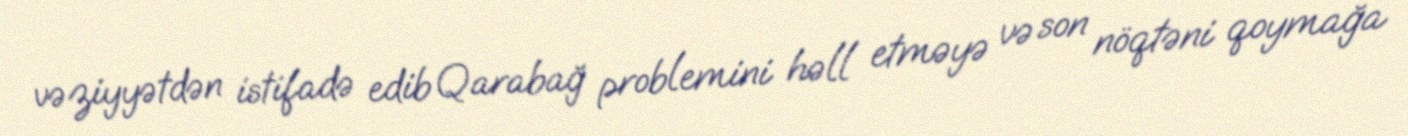
vəziyyətdən istifadə edib Qarabağ problemini həll etməyə və son nöqtəni qoymağa